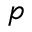
p